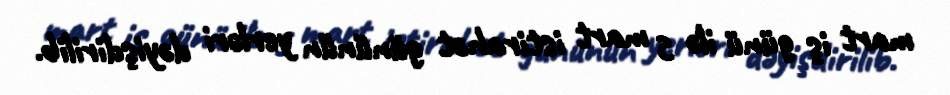
mart iş günü ilə 5 mart istirahət gününün yerləri dəyişdirilib.